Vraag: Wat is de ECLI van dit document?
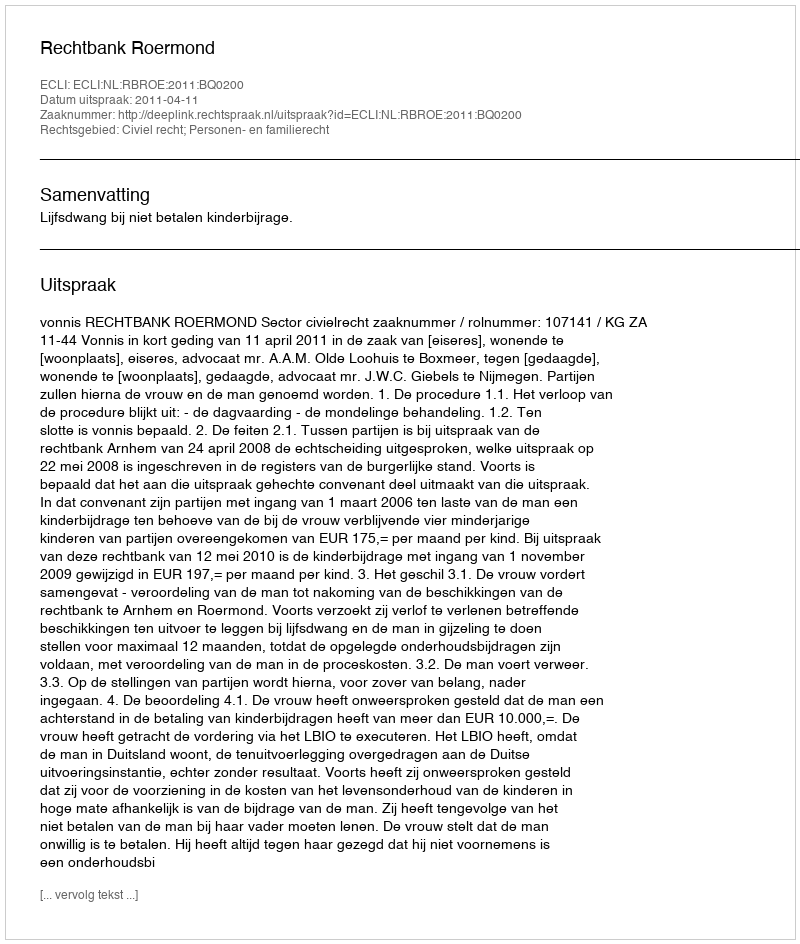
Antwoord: ECLI:NL:RBROE:2011:BQ0200